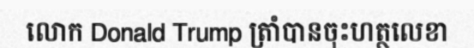
លោក Donald Trump ត្រាំបានចុះហត្ថលេខា